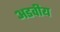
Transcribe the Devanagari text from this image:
अडवीय